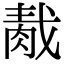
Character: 𦛹